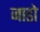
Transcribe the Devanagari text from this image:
जाडो